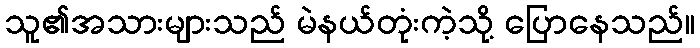
သူ၏အသားများသည် မဲနယ်တုံးကဲ့သို့ ပြောနေသည်။